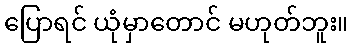
ပြောရင် ယုံမှာတောင် မဟုတ်ဘူး။